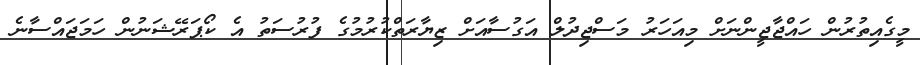
މީގެއިތުރުން ހައްޖާޖީންނަށް މިއަހަރު މަސްޖިދުލް އަގުސާއަށް ޒިޔާރަތްކުރުމުގެ ފުރުސަތު އެ ކޯޕަރޭޝަނުން ހަމަޖައްސާނެ